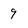
Character: 9